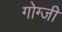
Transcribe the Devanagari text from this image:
गोग्जी